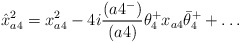
\begin{align*} \hat x^2_{a4} = x^2_{a4} -4i{(a4^-)\over (a4)}\theta^+_4x_{a4}\bar\theta^+_4 + \ldots\end{align*}